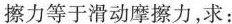
擦力等于滑动摩擦力，求：